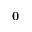
{ \mathbf 0 }